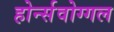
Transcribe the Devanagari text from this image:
होर्न्सवोग्गल